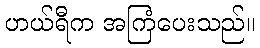
ဟယ်ရီက အကြံပေးသည်။